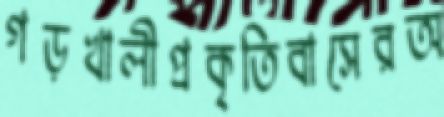
গড়খালীপ্রকৃতিবাসেরঅ